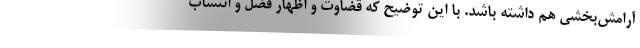
آرامش‌بخشی هم داشته باشد. با این توضیح که قضاوت و اظهار فضل و انتساب